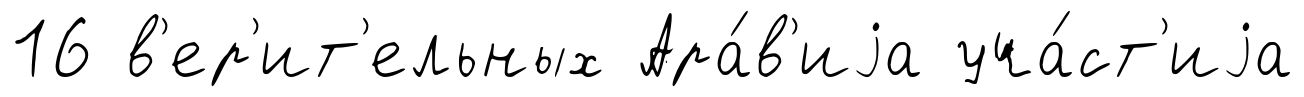
16 в'ер'ит'ельных Ара́в'иjа уча́ст'иjа